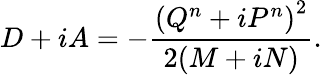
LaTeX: D+iA=-\frac{\left(Q^{n}+iP^{n}\right)^{2}}{2(M+iN)}.